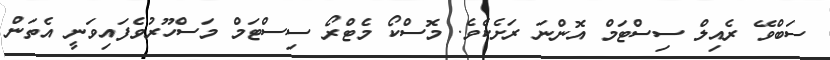
ސަބްވޭ ރެއިލް ސިސްޓަމް އޮންނަ ރަށެކެވެ. މޮސްކޯ މެޓްރޯ ސިސްޓަމް މަސްހޫރުވެފައިވަނީ އެތަން